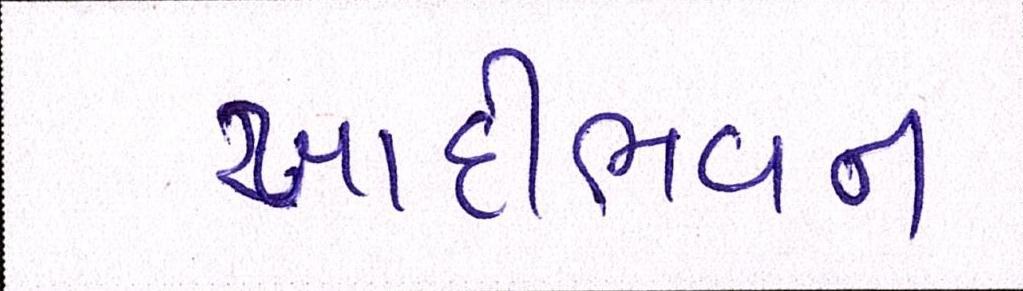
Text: ખાદીભવન